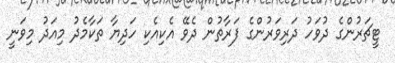
ޓީޗަރުންގެ ދުވަހު ދަރިވަރުންގެ ފަރާތުން ދެވޭ އެކިއެކި ހަދިޔާ ތަކާމެދު މިއަދު މިވަނީ